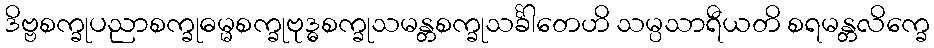
ဒိဗ္ဗစက္ခုပညာစက္ခုဓမ္မစက္ခုဗုဒ္ဓစက္ခုသမန္တစက္ခုသင်္ခါတေဟိ သမ္ပသာရီယတိ စရမန္တလိက္ခေ